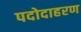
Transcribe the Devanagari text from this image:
पदोदाहरण